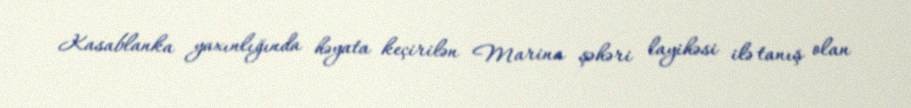
Kasablanka yaxınlığında həyata keçirilən Marina şəhəri layihəsi ilə tanış olan